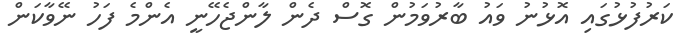
ކަރުފުޅުގައި އޮޅުނު ވައު ބާރުވަމުން ގޮސް ދެން ލާންޖެހޭނީ އެންމެ ފަހު ނޭވާކަން